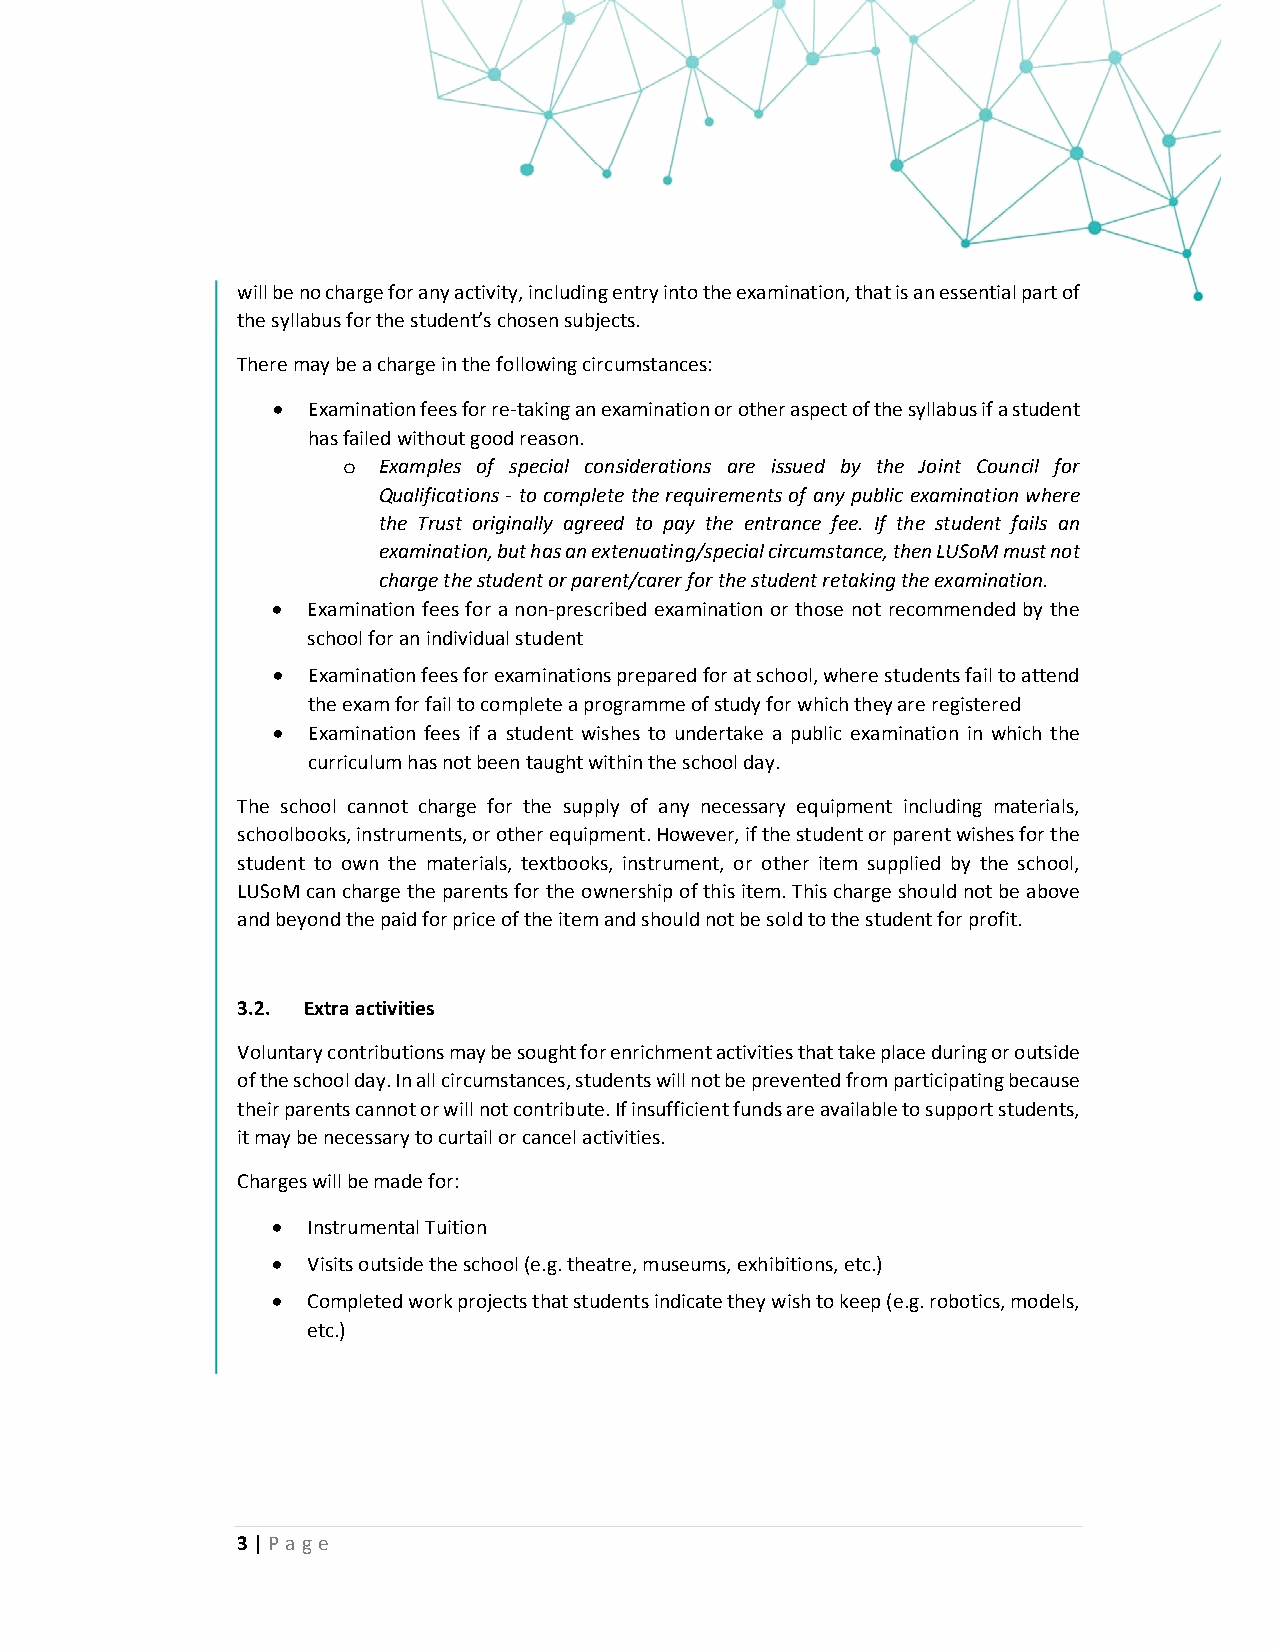
will be no charge for any activity, including entry into the examination, that is an essential part of
 the syllabus for the student’s chosen subjects.
 There may be a charge in the following circumstances:
  Examination fees for re‐taking an examination or other aspect of the syllabus if a student
 has failed without good reason.
 o Examples of special considerations are issued by the Joint Council for
 Qualifications ‐ to complete the requirements of any public examination where
 the Trust originally agreed to pay the entrance fee. If the student fails an
 examination, but has an extenuating/special circumstance, then LUSoM must not
 charge the student or parent/carer for the student retaking the examination.
  Examination fees for a non‐prescribed examination or those not recommended by the
 school for an individual student
  Examination fees for examinations prepared for at school, where students fail to attend
 the exam for fail to complete a programme of study for which they are registered
  Examination fees if a student wishes to undertake a public examination in which the
 curriculum has not been taught within the school day.
 The school cannot charge for the supply of any necessary equipment including materials,
 schoolbooks, instruments, or other equipment. However, if the student or parent wishes for the
 student to own the materials, textbooks, instrument, or other item supplied by the school,
 LUSoM can charge the parents for the ownership of this item. This charge should not be above
 and beyond the paid for price of the item and should not be sold to the student for profit.
 3.2. Extra activities
 Voluntary contributions may be sought for enrichment activities that take place during or outside
 of the school day. In all circumstances, students will not be prevented from participating because
 their parents cannot or will not contribute. If insufficient funds are available to support students,
 it may be necessary to curtail or cancel activities.
 Charges will be made for:
  Instrumental Tuition
  Visits outside the school (e.g. theatre, museums, exhibitions, etc.)
  Completed work projects that students indicate they wish to keep (e.g. robotics, models,
 etc.)
 3 | Page